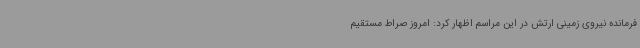
فرمانده نیروی زمینی ارتش در این مراسم اظهار کرد: امروز صراط مستقیم